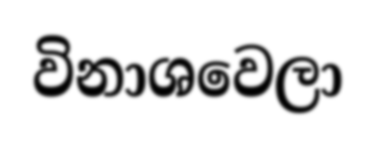
විනාශවෙලා